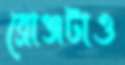
ব্রোঞ্জটাও